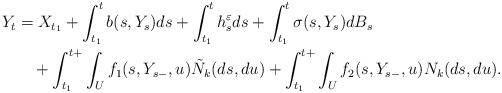
LaTeX: \begin{align*}\aligned Y_{t}&=X_{t_1}+\int_{t_1}^tb(s,Y_{s})ds+\int_{t_1}^th_{s}^\varepsilon ds+\int_{t_1}^t\sigma(s,Y_{s})dB_s\\&\quad+\int_{t_1}^{t+}\int_Uf_1(s,Y_{s-},u)\tilde{N}_k(ds,du)+\int_{t_1}^{t+}\int_Uf_2(s,Y_{s-},u)N_k(ds,du).\endaligned\end{align*}